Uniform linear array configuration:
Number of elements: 24
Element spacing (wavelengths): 0.25
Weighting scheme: hann
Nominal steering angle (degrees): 15
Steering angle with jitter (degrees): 15.012
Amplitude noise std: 0.05
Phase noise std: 0.05

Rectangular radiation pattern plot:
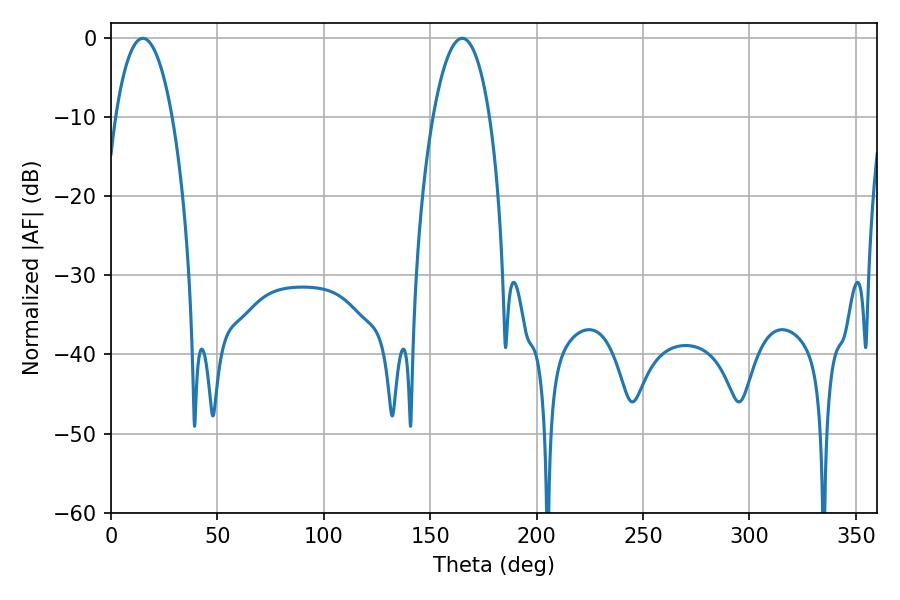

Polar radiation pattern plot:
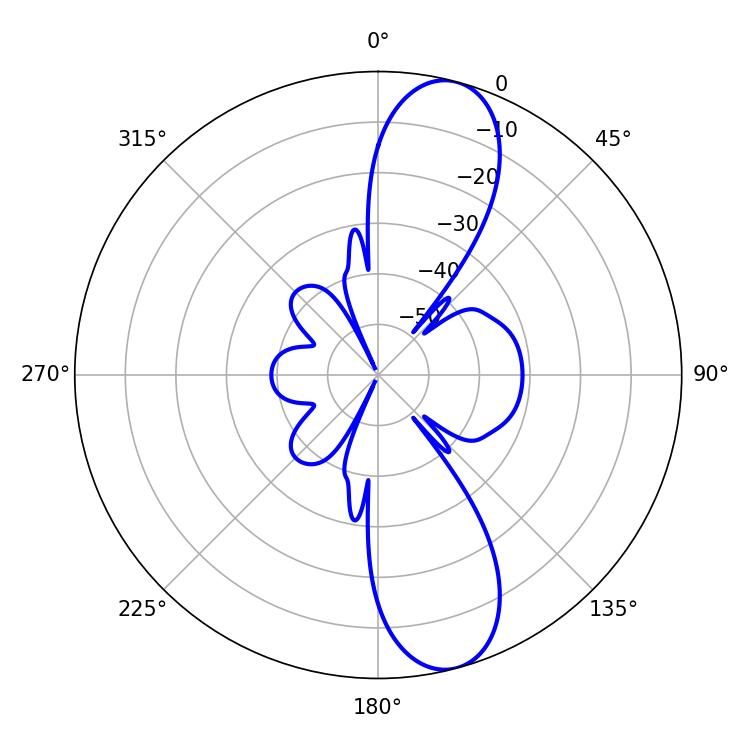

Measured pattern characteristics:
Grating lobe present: FALSE
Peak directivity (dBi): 11.411
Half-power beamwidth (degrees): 14.76
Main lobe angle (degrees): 14.94